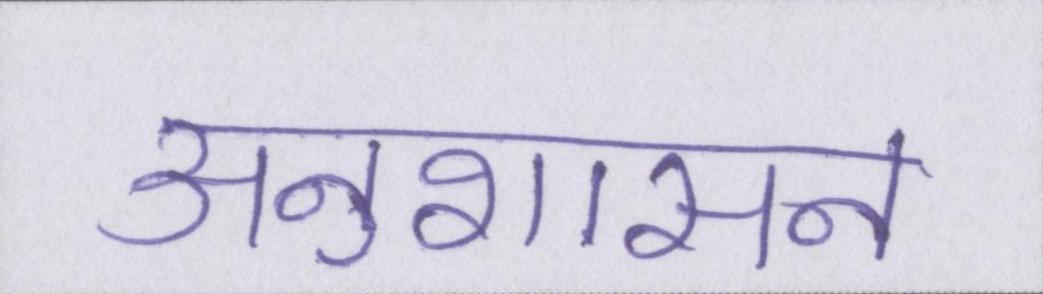
अनुशासन